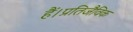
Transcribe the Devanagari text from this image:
हैं।प्रतिजैविक